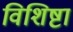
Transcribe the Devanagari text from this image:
विशिष्टा